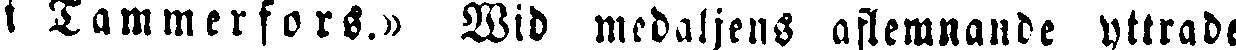
i Tammerfors.» Wid medaljens aflemnande yttrade